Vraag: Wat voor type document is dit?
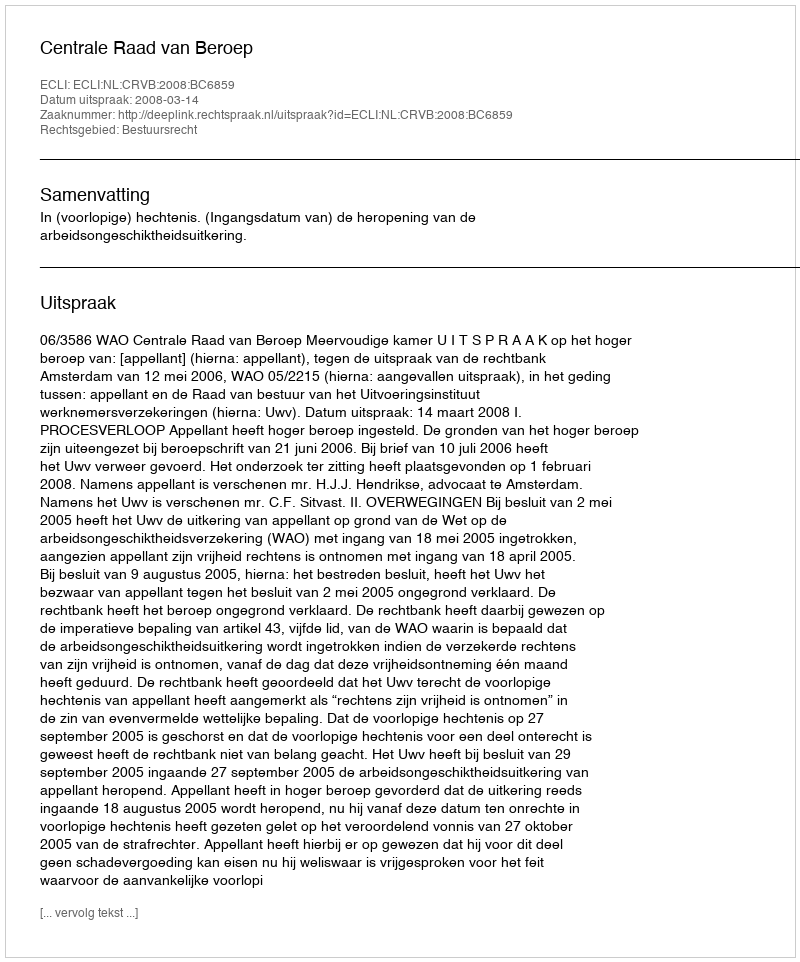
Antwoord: Uitspraak